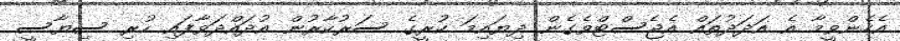
އެހެންވީމާ އެ އަދަދުތައް އެޖެސްޓްވެގެން ދިޔައިމަ ކުރީގެ ސަރުކާރުން އުދައްދަވާފައި ހުރި ސިޔާސީ